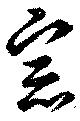
宗